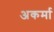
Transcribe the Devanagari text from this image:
अकर्मा